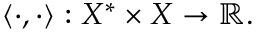
\langle \cdot , \cdot \rangle : X ^ { * } \times X \to \mathbb { R } .